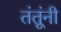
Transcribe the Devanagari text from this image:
तंतूंनी